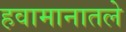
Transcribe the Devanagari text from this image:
हवामानातले